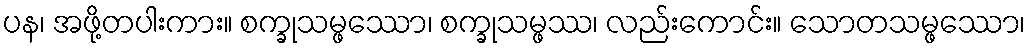
ပန၊ အဖို့တပါးကား။ စက္ခုသမ္ဖဿော၊ စက္ခုသမ္ဖဿ၊ လည်းကောင်း။ သောတသမ္ဖဿော၊